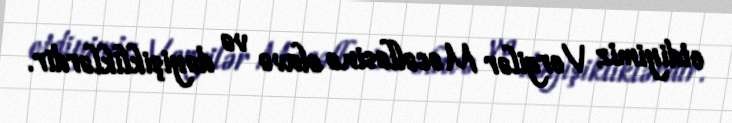
etdiyimiz Vergilər Məcəlləsinə əlavə və dəyişikliklərdir.